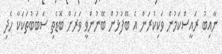
ނާއިބު ރައީސްކަމުން ވަކިކުރަން އެ ބޭފުޅުން ބޭނުންވީ ވަރަށް ބޮޑެތި ސަބަބުތަކަކާ ހެދި